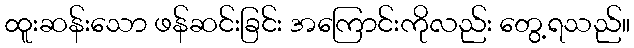
ထူးဆန်းသော ဖန်ဆင်းခြင်း အကြောင်းကိုလည်း တွေ့ရသည်။